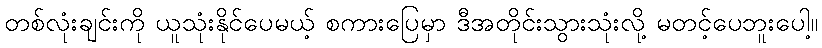
တစ်လုံးချင်းကို ယူသုံးနိုင်ပေမယ့် စကားပြေမှာ ဒီအတိုင်းသွားသုံးလို့ မတင့်ပေဘူးပေါ့။